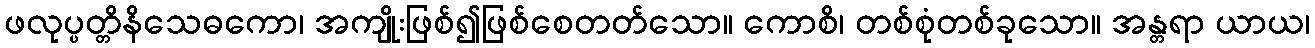
ဖလုပ္ပတ္တိနိသေဓကော၊ အကျိုးဖြစ်၍ဖြစ်စေတတ်သော။ ကောစိ၊ တစ်စုံတစ်ခုသော။ အန္တရာ ယာယ၊